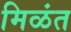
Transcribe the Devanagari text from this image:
मिळंत